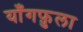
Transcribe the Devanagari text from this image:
याँगफ़ुला